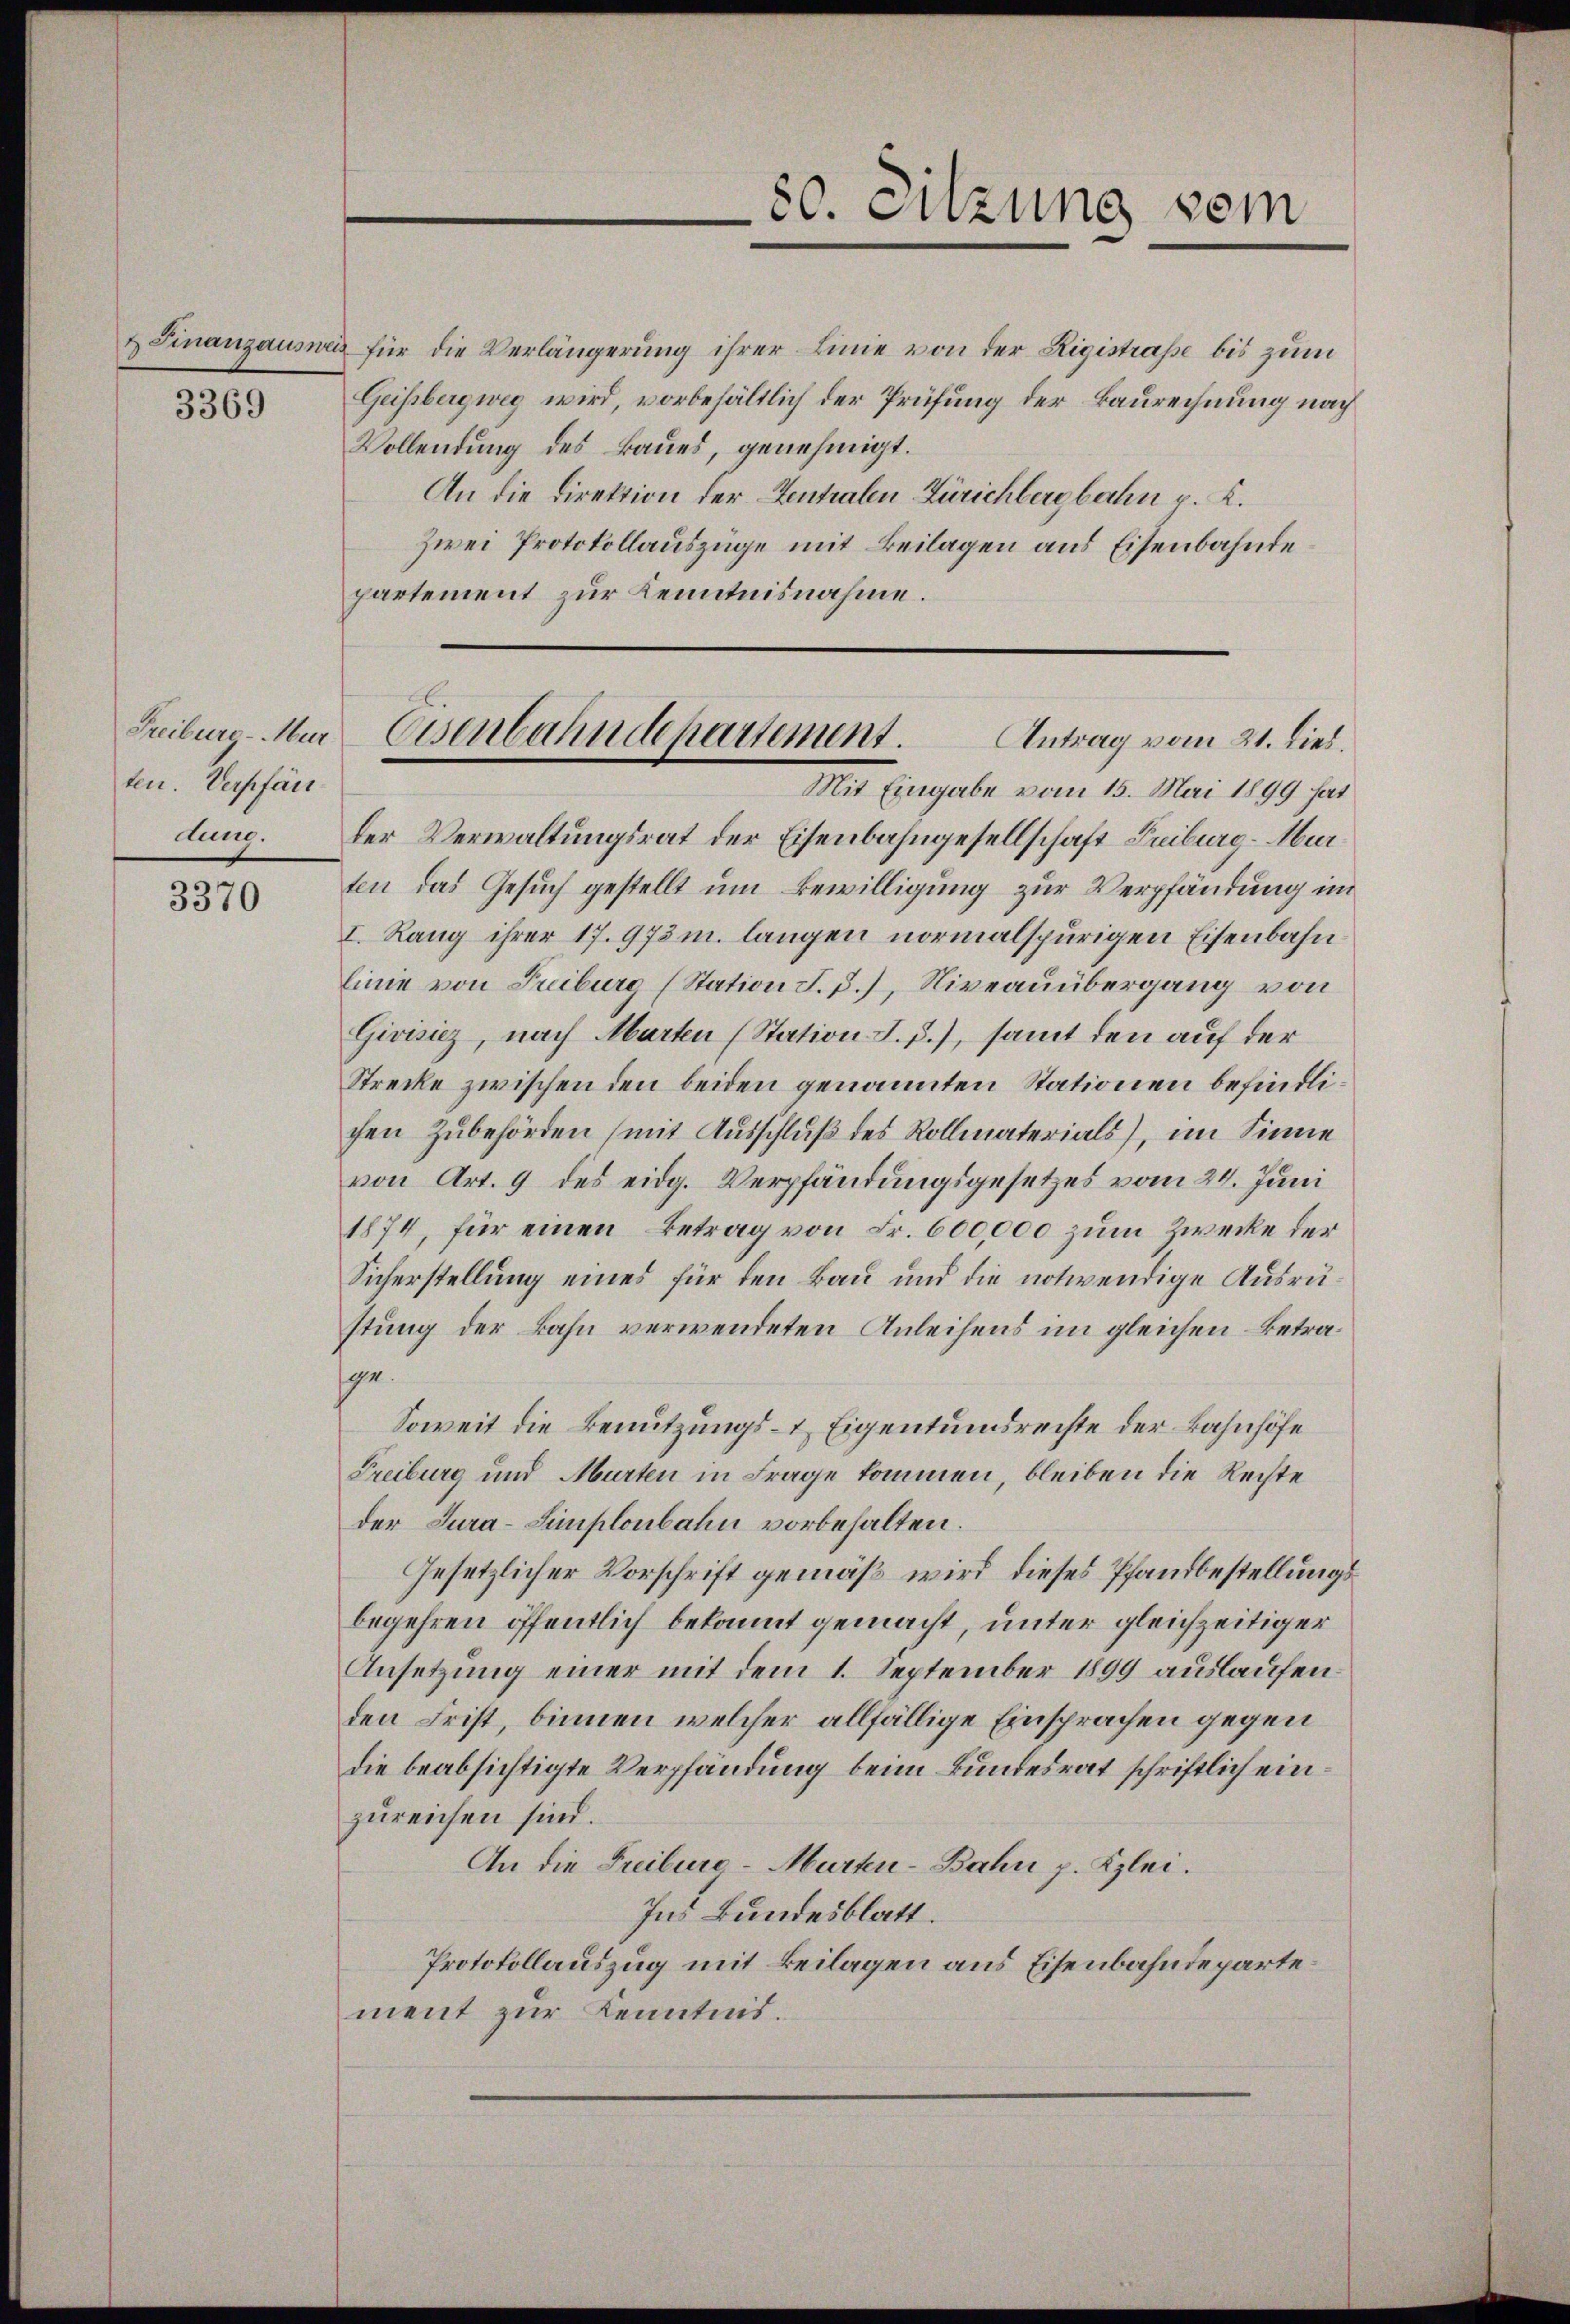
3369

ten. Verpfän
dung.

3370

80. Sitzung vom

& Finanzauswas für die Verlängerung ihrer Linie von der Rigistrasse bis zum
Geissbergweg wird, vorbehältlich der Prüfung der Baurechnung nach
Vollendung des Baues, genehmigt.
An die Direktion der Zentralen Zürichbergbahn p. K.
Zwei Protokollauszüge mit Beilagen aus Eisenbahndepartement zur Kenntnisnahme.

Freiburg - Mur-Eisenbahndepartement.
Antrag vom 21. dies.
Mit Eingabe vom 15. Mai 1899 hat

der Verwaltungsrat der Eisenbahngesellschaft Freiburg - Murten das Gesuch gestellt um Bewilligung zur Verpfändung im
I. Rang ihrer 17.973 m. langen normalspurigen Eisenbahn
linie von Freiburg (Station d. d.), Niveauübergang von
Givisiez, nach Marten (Station I. p.), samt den auf der
Strecke zwischen den beiden genannten Stationen befindlichen Zubehörden (mit Ausschluß des Rollmaterials), im Sinne
von Art. 9 des eidg. Verpfändungsgesetzes vom 24. Juni
1874, für einen Betrag von Fr. 600,000 zum Zwecke der
Sicherstellung eines für den Bau und die notwendige Ausrüstung der Bahn verwendeten Anleihens im gleichen Betra¬
19.
Soweit die Benutzungs- & Eigentumsrechte der Bahnhöfe
Freiburg und Murten in Frage kommen, bleiben die Rechte
der Jura-Simplonbahn vorbehalten.
Gesetzlicher Vorschrift gemäß wird dieses Pfandbestellungsbegehren öffentlich bekannt gemacht, unter gleichzeitiger
Ansetzung einer mit dem 1. September 1899 auslaufen.
den Frist, binnen welcher allfällige Einsprachen gegen
die beabsichtigte Verpfändung beim Bundesrat schriftlich einzureichen sind.
An die Freibure-Murten-Bahn p. Kzlei.
Ins Bundesblatt.
Protokollauszug mit Beilagen aus Eisenbahndepartement zur Kenntnis.